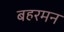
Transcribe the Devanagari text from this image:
बहरमन